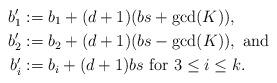
LaTeX: \begin{align*}b_1' &:= b_1 + (d+1)(bs + \gcd(K)),\\b_2' &:= b_2 + (d+1)(bs - \gcd(K)), \mbox{ and}\\ b_i' &:= b_i + (d+1)bs \mbox{ for $3 \leq i \leq k$}.\end{align*}